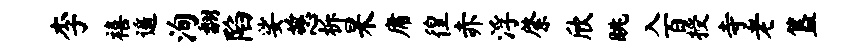
李禧遥洵翻陷娑慈柝杲庸徨赤浮綮欣眺入百授寺老簋